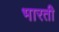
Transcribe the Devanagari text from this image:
भारतीे